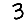
Digit: 3